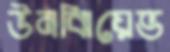
উনঝিয়েভ